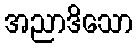
အညာဒိသော